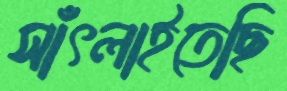
সাঁৎলাইতেছি